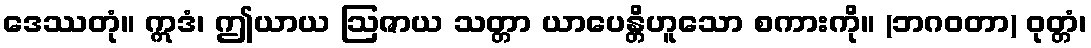
ဒေဿတုံ။ ဣဒံ၊ ဤယာယ ဩဇာယ သတ္တာ ယာပေန္တိဟူသော စကားကို။ (ဘဂဝတာ) ဝုတ္တံ၊